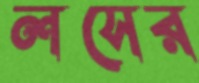
লসের